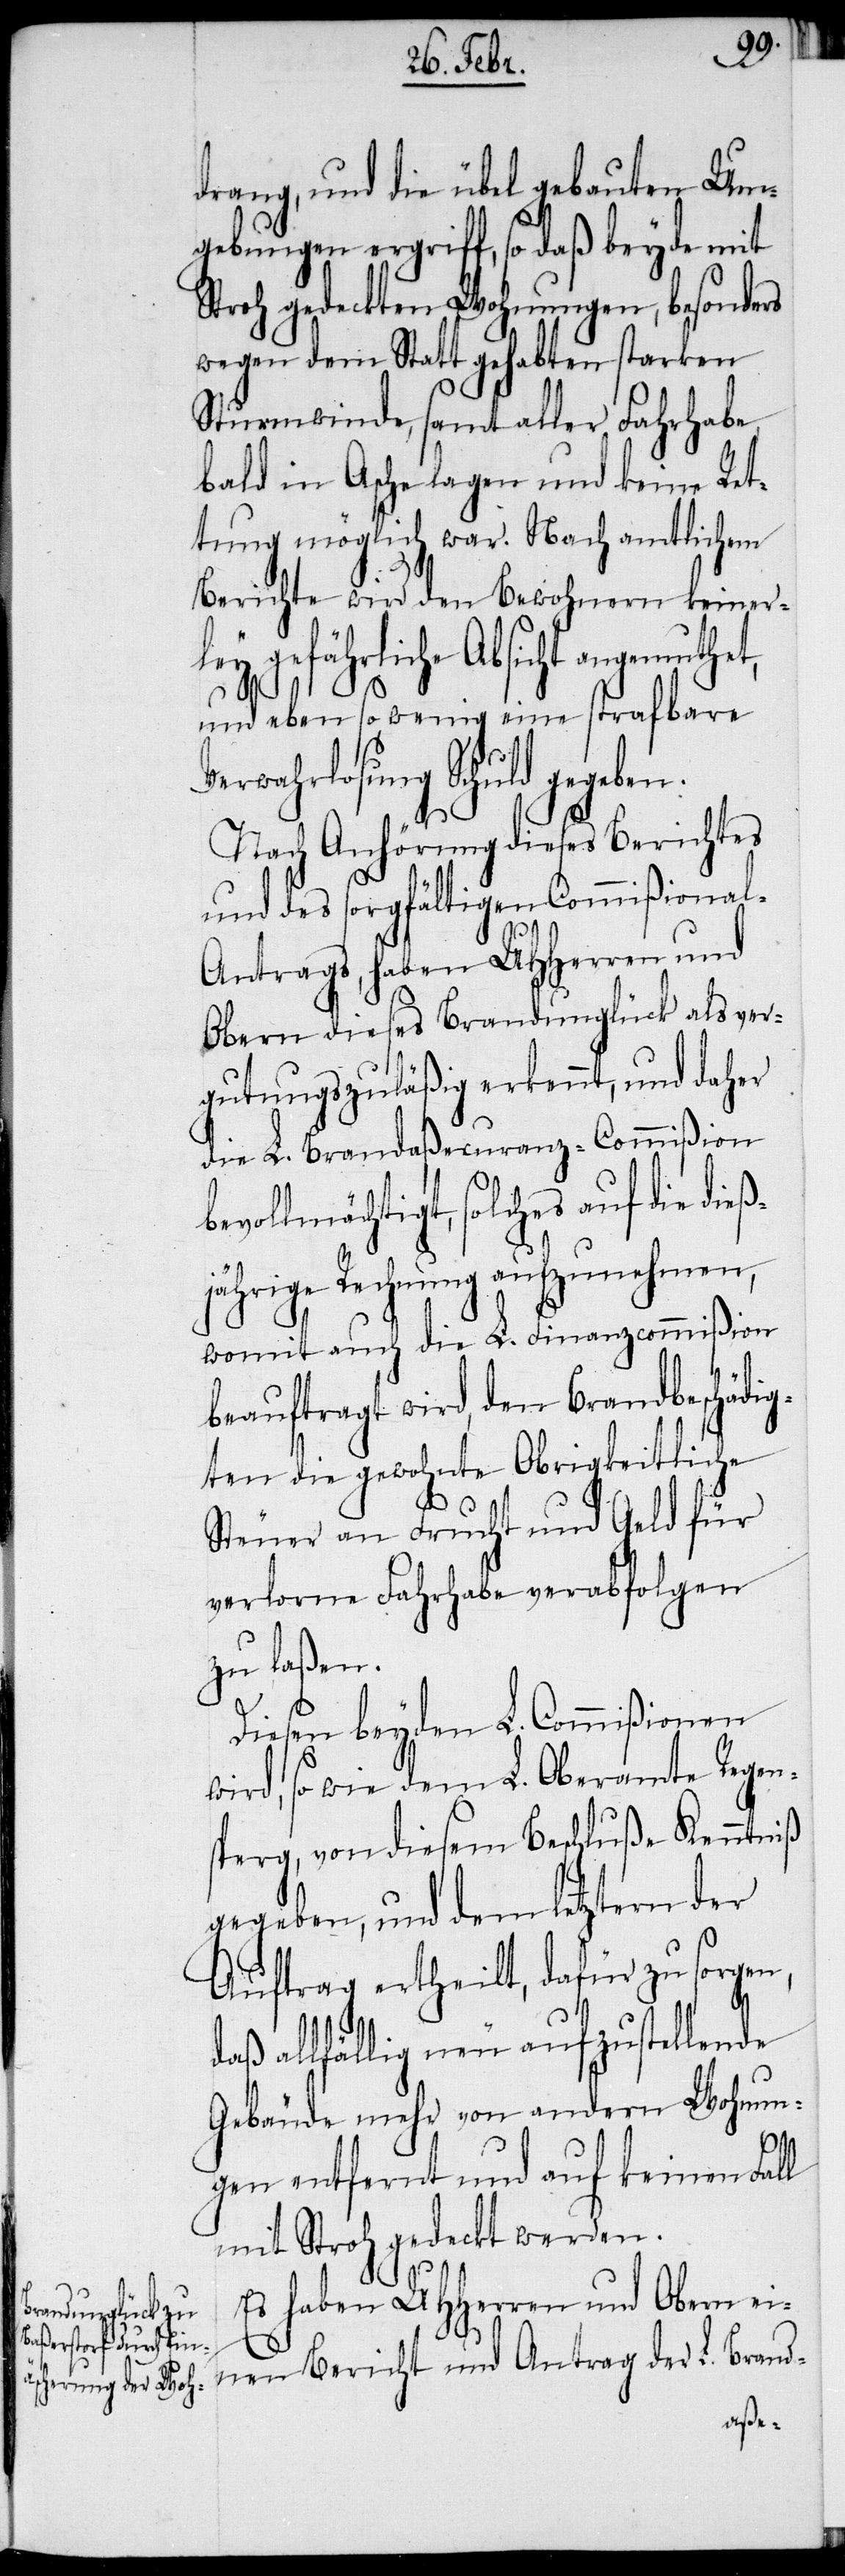
drang, und die übel gebauten Um¬
gebungen ergriff, so daß beyde mit
Stroh gedeckten Wohnungen, besonders
wegen dem Statt gehabten starken
Sturmwinde, samt aller Fahrhabe
bald in Asche lagen und keine Ret¬
tung möglich war. Nach amtlichem
Berichte wird den Bewohnern keiner¬
ley gefährliche Absicht angemut¬
und eben so wenig eine strafbare
Verwahrlosung Schuld gegeben.
Nach Anhörung dieses Berichtes
und des sorgfältigen Commißiona¬
l-A¬
ntrags, haben UHHerren und
Obern dieses Brandunglück als ver¬
gutungszuläßig erkennt, und daher
die L. Brandaßecuranz-Commißion
bevollmächtigt, solches auf die dieß¬
jährige Rechnung aufzunehmen,
womit auch die L. Finanzcommißion
beauftragt wird, den Brandbeschädig¬
ten die gewohnte Obrigkeitliche
Steuer an Frucht und Geld für
verlorne Fahrhabe verabfolgen
zu laßen.
Diesen beyden L. Commißionen
wird, so wie dem L. Oberamte Regen¬
sperg, von diesem Beschluße Kenntniß
gegeben, und dem letztern der
Auftrag ertheilt, dafür zu sorgen,
daß allfällig neu aufzustellende
Gebäude mehr von andern Wohnun¬
gen entfernt und auf keinen Fall
mit Stroh gedeckt werden.
Es haben UHHerren und Obern ein¬
Antrag der L.